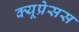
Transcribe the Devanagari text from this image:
क्यूप्रेसस